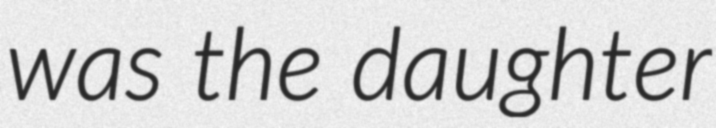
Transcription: was the daughter